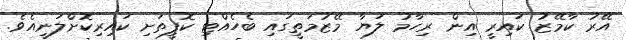
އޭރު ކާމޭޒު ކައިރީ އިން ރިހާމު ލަޔާ މޭޒުމަތީގައި ބެހެއްޓި ކޮފީތަށި ކައިރިކޮށްލަނީއެވެ.